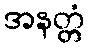
အနတ္တံ